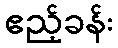
ဧည့်ခန်း